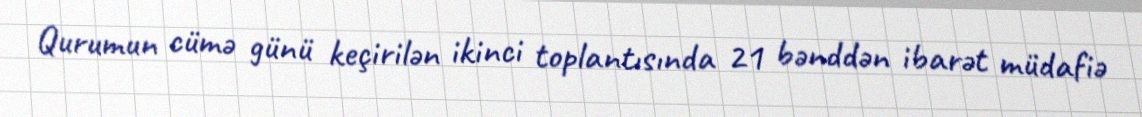
Qurumun cümə günü keçirilən ikinci toplantısında 21 bənddən ibarət müdafiə